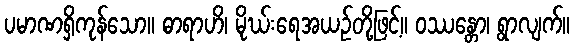
ပမာဏရှိကုန်သော။ ဓာရာဟိ၊ မိုဃ်းရေအယဉ်တို့ဖြင့်။ ဝဿန္တော၊ ရွာလျက်။